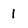
Character: l